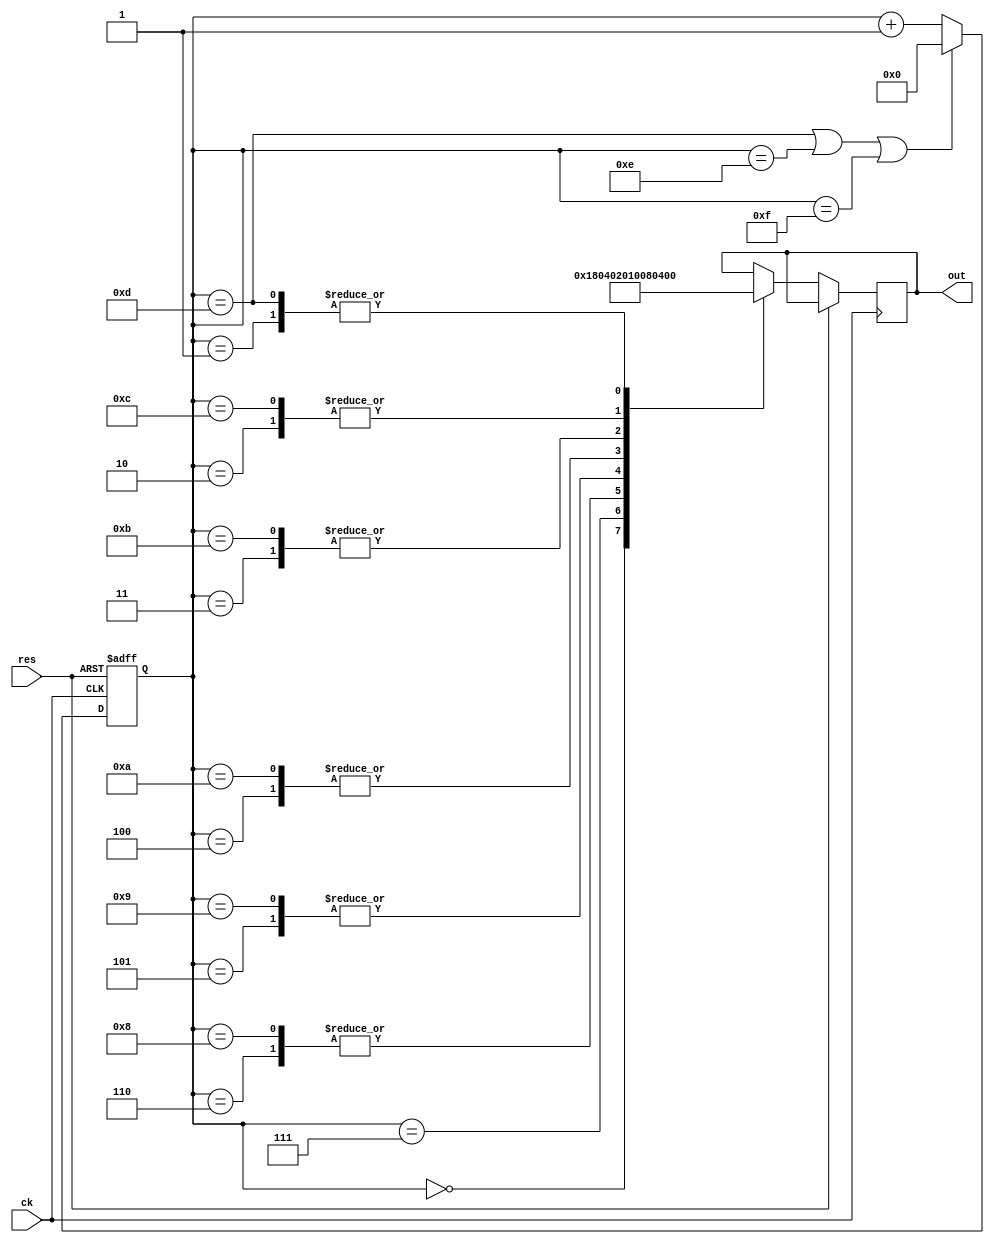
module knight2(input ck, input res, output [7:0] out);
//  reg ck, res;
  reg out;
  reg [3:0] ct;

  always @(posedge ck or posedge res) begin
    if (res)
      ct <= 0;
    else begin
      if (ct == 4'b1101 || ct == 4'b1110 || ct == 4'b1111)
        ct <= 0;
      else
        ct <= ct + 1;
      case (ct)
      4'b0000: out <= 8'b00000001;
      4'b0001: out <= 8'b00000010;
      4'b0010: out <= 8'b00000100;
      4'b0011: out <= 8'b00001000;
      4'b0100: out <= 8'b00010000;
      4'b0101: out <= 8'b00100000;
      4'b0110: out <= 8'b01000000;
      4'b0111: out <= 8'b10000000;
      4'b1000: out <= 8'b01000000;
      4'b1001: out <= 8'b00100000;
      4'b1010: out <= 8'b00010000;
      4'b1011: out <= 8'b00001000;
      4'b1100: out <= 8'b00000100;
      4'b1101: out <= 8'b00000010;
      endcase
    end
  end

endmodule